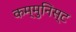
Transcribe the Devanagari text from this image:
कम्मुनिस्ट